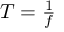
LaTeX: \textstyle T = { \frac { 1 } { f } }